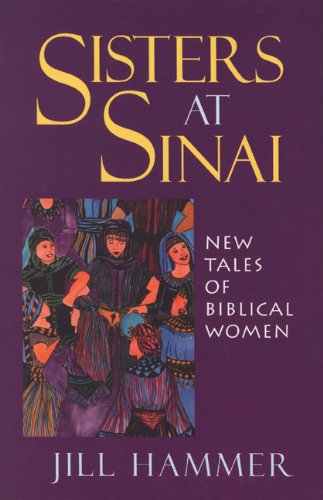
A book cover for Sisters at Sinai: New Tales of Biblical Women; Jill Hammer PhD; Christian Books & Bibles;